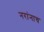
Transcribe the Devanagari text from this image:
नरांनाच